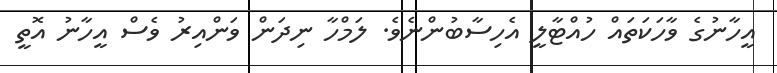
އީހާނުގެ ވާހަކަތައް ހުއްޓާލީ އެހިސާބުންނެވެ. ލަމްހާ ނިދަން ވަންއިރު ވެސް އީހާނު އޮތީ